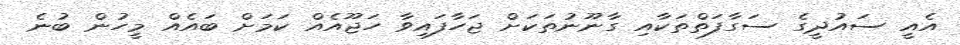
އެއީ ސައުދީގެ ސަގާފަތްތަކާއި ގާނޫނުތަކަށް ޖަހާފައިވާ ހަޖޫއެއް ކަމަށް ބައެއް މީހުން ބުނެ